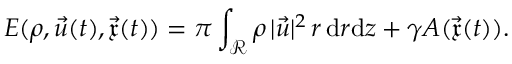
E ( \rho , \vec { u } ( t ) , \vec { \mathfrak { x } } ( t ) ) = \pi \int _ { \mathscr { R } } \rho \, | \vec { u } | ^ { 2 } \, r \, \mathrm { d } r \mathrm { d } z + \gamma A ( \vec { \mathfrak { x } } ( t ) ) .